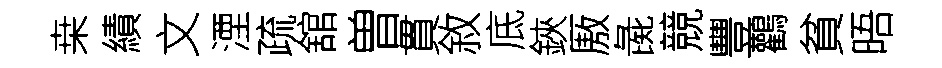
桒績文湮疏舘曽貫敘底鋏厫彘競豐鸛貧晤